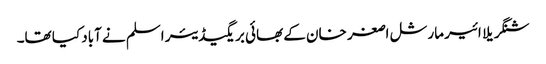
شنگریلا ائیر مارشل اصغر خان کے بھائی بریگیڈیئر اسلم نے آباد کیا تھا۔